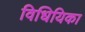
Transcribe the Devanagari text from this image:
विधियिका